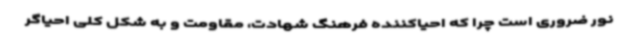
نور ضروری است چرا که احیاکننده فرهنگ شهادت، مقاومت و به شکل کلی احیاگر